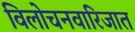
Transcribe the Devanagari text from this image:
विलोचनवारिजात